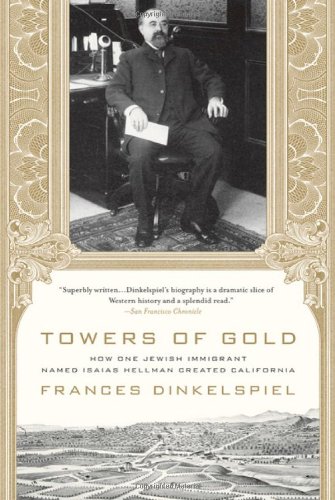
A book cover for Towers of Gold: How One Jewish Immigrant Named Isaias Hellman Created California; Frances Dinkelspiel; History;